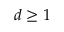
d \geq 1